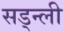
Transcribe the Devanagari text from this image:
सड्न्ली